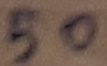
Text: 50